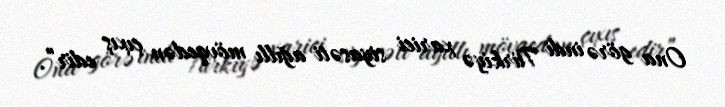
Ona görə indi Türkiyə xarici siyasəti ağıllı mövqedən çıxış edir”.